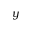
y